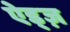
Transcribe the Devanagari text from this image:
ऐड्ज़